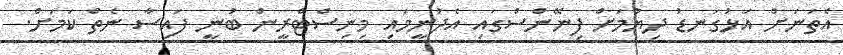
އެތަނަށް އަޅުގަނޑު ދިޔުމަށް ފިނޭންސްގައި އެދުނީމައި މިނިސްޓްރީން ބުނީ ފައިސާ ނެތް ކަމަށް.